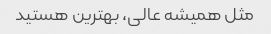
مثل همیشه عالی، بهترین هستید